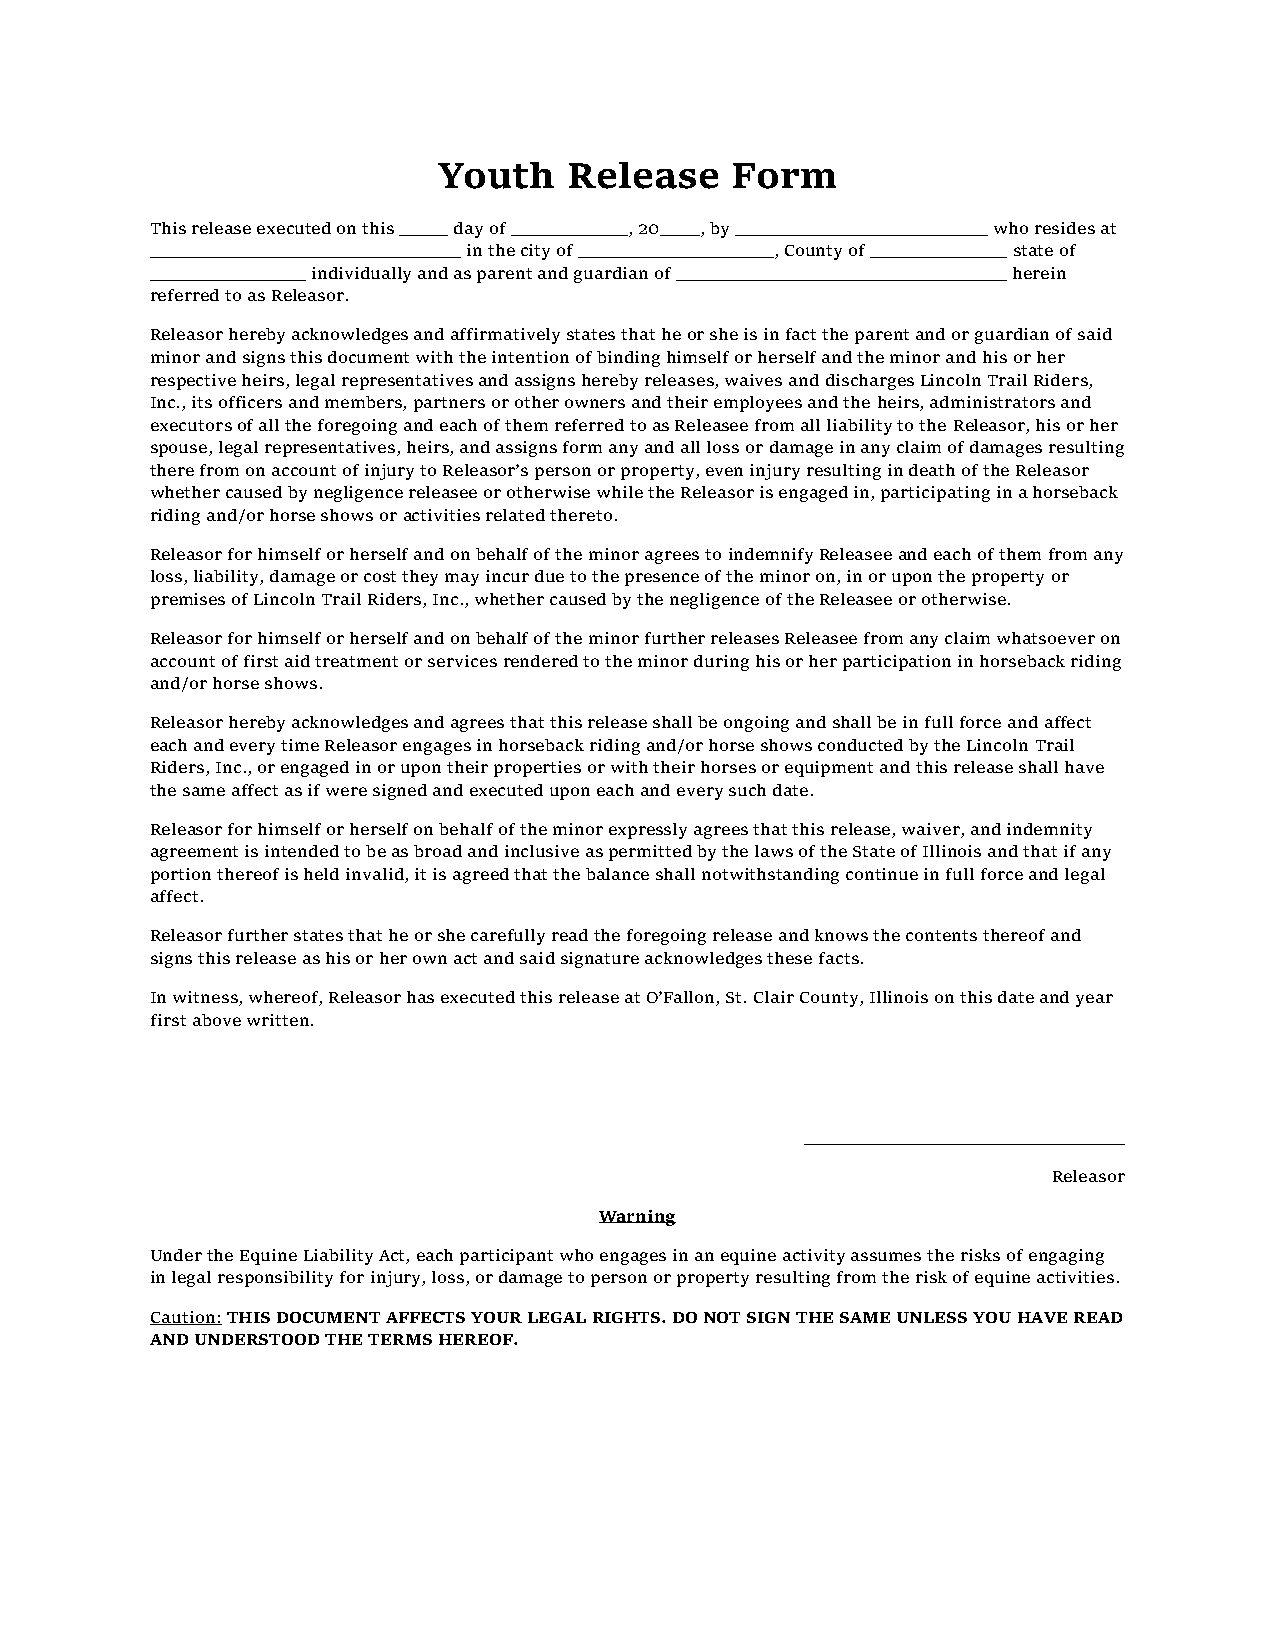
Youth    Release   Form
 This release executed on this _____ day of ____________, 20____, by __________________________ who resides at
 ________________________________ in the city of ____________________, County of ______________ state of
 ________________ individually and as parent and guardian of __________________________________ herein
 referred to as Releasor.
 Releasor hereby acknowledges and affirmatively states that he or she is in fact the parent and or guardian of said
 minor and signs this document with the intention of binding himself or herself and the minor and his or her
 respective heirs, legal representatives and assigns hereby releases, waives and discharges Lincoln Trail Riders,
 Inc., its officers and members, partners or other owners and their employees and the heirs, administrators and
 executors of all the foregoing and each of them referred to as Releasee from all liability to the Releasor, his or her
 spouse, legal representatives, heirs, and assigns form any and all loss or damage in any claim of damages resulting
 there from on account of injury to Releasor’s person or property, even injury resulting in death of the Releasor
 whether caused by negligence releasee or otherwise while the Releasor is engaged in, participating in a horseback
 riding and/or horse shows or activities related thereto.
 Releasor for himself or herself and on behalf of the minor agrees to indemnify Releasee and each of them from any
 loss, liability, damage or cost they may incur due to the presence of the minor on, in or upon the property or
 premises of Lincoln Trail Riders, Inc., whether caused by the negligence of the Releasee or otherwise.
 Releasor for himself or herself and on behalf of the minor further releases Releasee from any claim whatsoever on
 account of first aid treatment or services rendered to the minor during his or her participation in horseback riding
 and/or horse shows.
 Releasor hereby acknowledges and agrees that this release shall be ongoing and shall be in full force and affect
 each and every time Releasor engages in horseback riding and/or horse shows conducted by the Lincoln Trail
 Riders, Inc., or engaged in or upon their properties or with their horses or equipment and this release shall have
 the same affect as if were signed and executed upon each and every such date.
 Releasor for himself or herself on behalf of the minor expressly agrees that this release, waiver, and indemnity
 agreement is intended to be as broad and inclusive as permitted by the laws of the State of Illinois and that if any
 portion thereof is held invalid, it is agreed that the balance shall notwithstanding continue in full force and legal
 affect.
 Releasor further states that he or she carefully read the foregoing release and knows the contents thereof and
 signs this release as his or her own act and said signature acknowledges these facts.
 In witness, whereof, Releasor has executed this release at O’Fallon, St. Clair County, Illinois on this date and year
 first above written.
 _________________________________
 Releasor
 Warning
 Under the Equine Liability Act, each participant who engages in an equine activity assumes the risks of engaging
 in legal responsibility for injury, loss, or damage to person or property resulting from the risk of equine activities.
 Caution: THIS DOCUMENT AFFECTS YOUR LEGAL RIGHTS. DO NOT SIGN THE SAME UNLESS YOU HAVE READ
 AND UNDERSTOOD THE TERMS HEREOF.